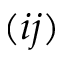
( i j )